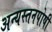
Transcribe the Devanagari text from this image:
अन्यस्तनपोषी